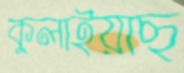
কুলাইয়াছ